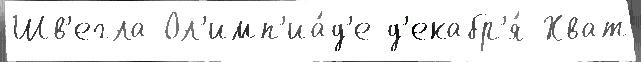
Шв'егла Ол'имп'иа́д'е д'екабр'я́ Хват